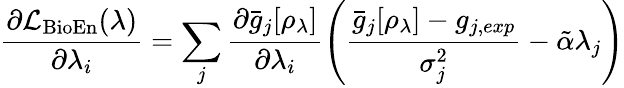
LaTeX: \frac{\partial\mathcal{L}_{\textrm{BioEn}}(\lambda)}{\partial\lambda_{i}}=\sum_{j}\frac{\partial\bar{g}_{j}[\rho_{\lambda}]}{\partial\lambda_{i}}\left(\frac{\bar{g}_{j}[\rho_{\lambda}]-g_{j,exp}}{\sigma_{j}^{2}}-\tilde{\alpha}\lambda_{j}\right)